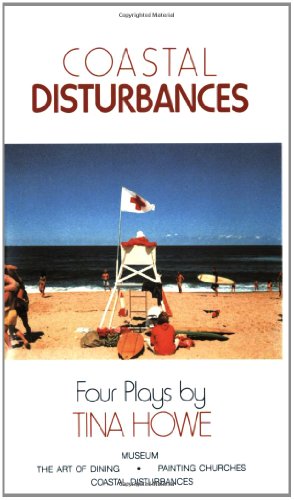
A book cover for Coastal Disturbances: Four Plays; Tina Howe; Literature & Fiction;